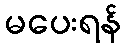
မပေးရန်